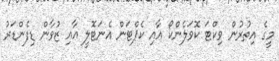
މީގެ އިތުރުން ވިކްޓަ ކޮވަލެންކޯ އާއި ކެޕްޓަން އެނަޓޮލީ އާއި ޒުވާން ޑިފެންޑަރު